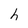
Character: h